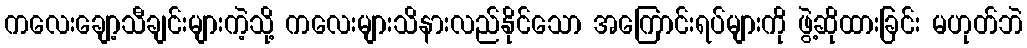
ကလေးချော့သီချင်းများကဲ့သို့ ကလေးများသိနားလည်နိုင်သော အကြောင်းရပ်များကို ဖွဲ့ဆိုထားခြင်း မဟုတ်ဘဲ